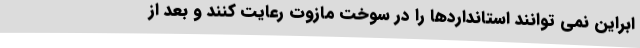
ابراین نمی توانند استانداردها را در سوخت مازوت رعایت کنند و بعد از